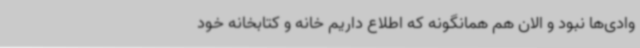
وادی‌ها نبود و الان هم همانگونه که اطلاع داریم خانه و کتابخانه خود